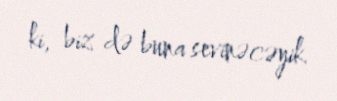
ki, biz də buna sevinəcəyik.